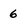
Character: 6